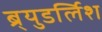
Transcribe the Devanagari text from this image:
ब्र्युडर्लिश